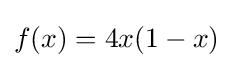
f(x)=4x(1-x)